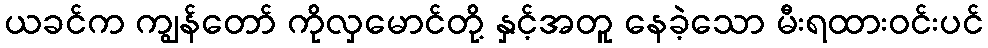
ယခင်က ကျွန်တော် ကိုလှမောင်တို့ နှင့်အတူ နေခဲ့သော မီးရထားဝင်းပင်